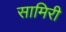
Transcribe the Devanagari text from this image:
सामिरी